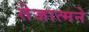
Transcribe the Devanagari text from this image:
तेजात्मने